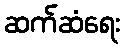
ဆက်ဆံရေး